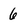
Character: 6